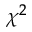
\chi ^ { 2 }